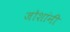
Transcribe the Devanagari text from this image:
जोशांनी